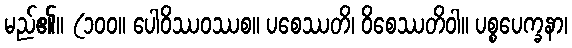
မည်၏။ (၁၀၀။ ပေါဝိဿဝဿစ။ ပစေဿတိ၊ ဝိစေဿတိဝါ။ ပစ္စပေက္ခနာ၊